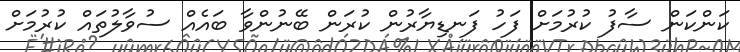
ކަންކަން ސާފު ކުރުމަށް ފަހު ފަނޑިޔާރުން ކުރަން ބޭނުންވާ ބައެއް ސުވާލުތައް ކުރުމަށް